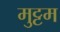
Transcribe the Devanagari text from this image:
मुट्टम